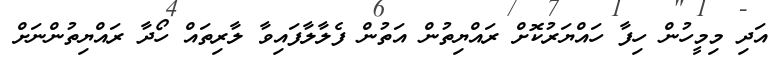
އަދި މިމީހުން ހިފާ ހައްޔަރުކޮށް ރައްޔިތުން އަތުން ފެލާލާފައިވާ ލާރިތައް ހޯދާ ރައްޔިތުންނަށް